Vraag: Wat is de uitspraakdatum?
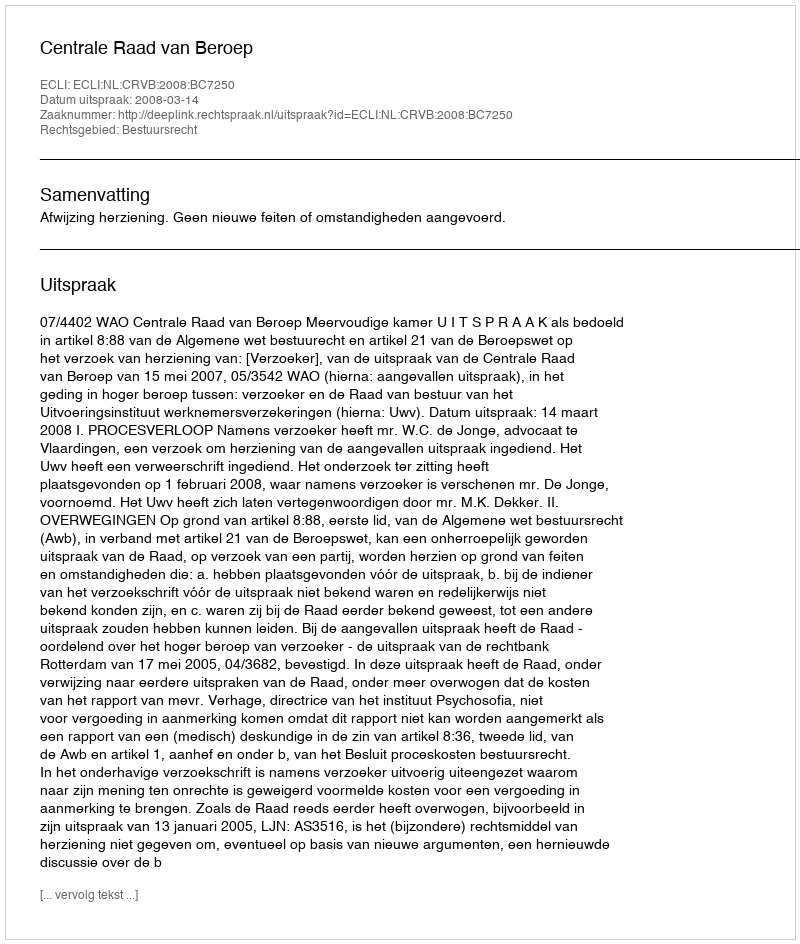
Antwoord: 2008-03-14